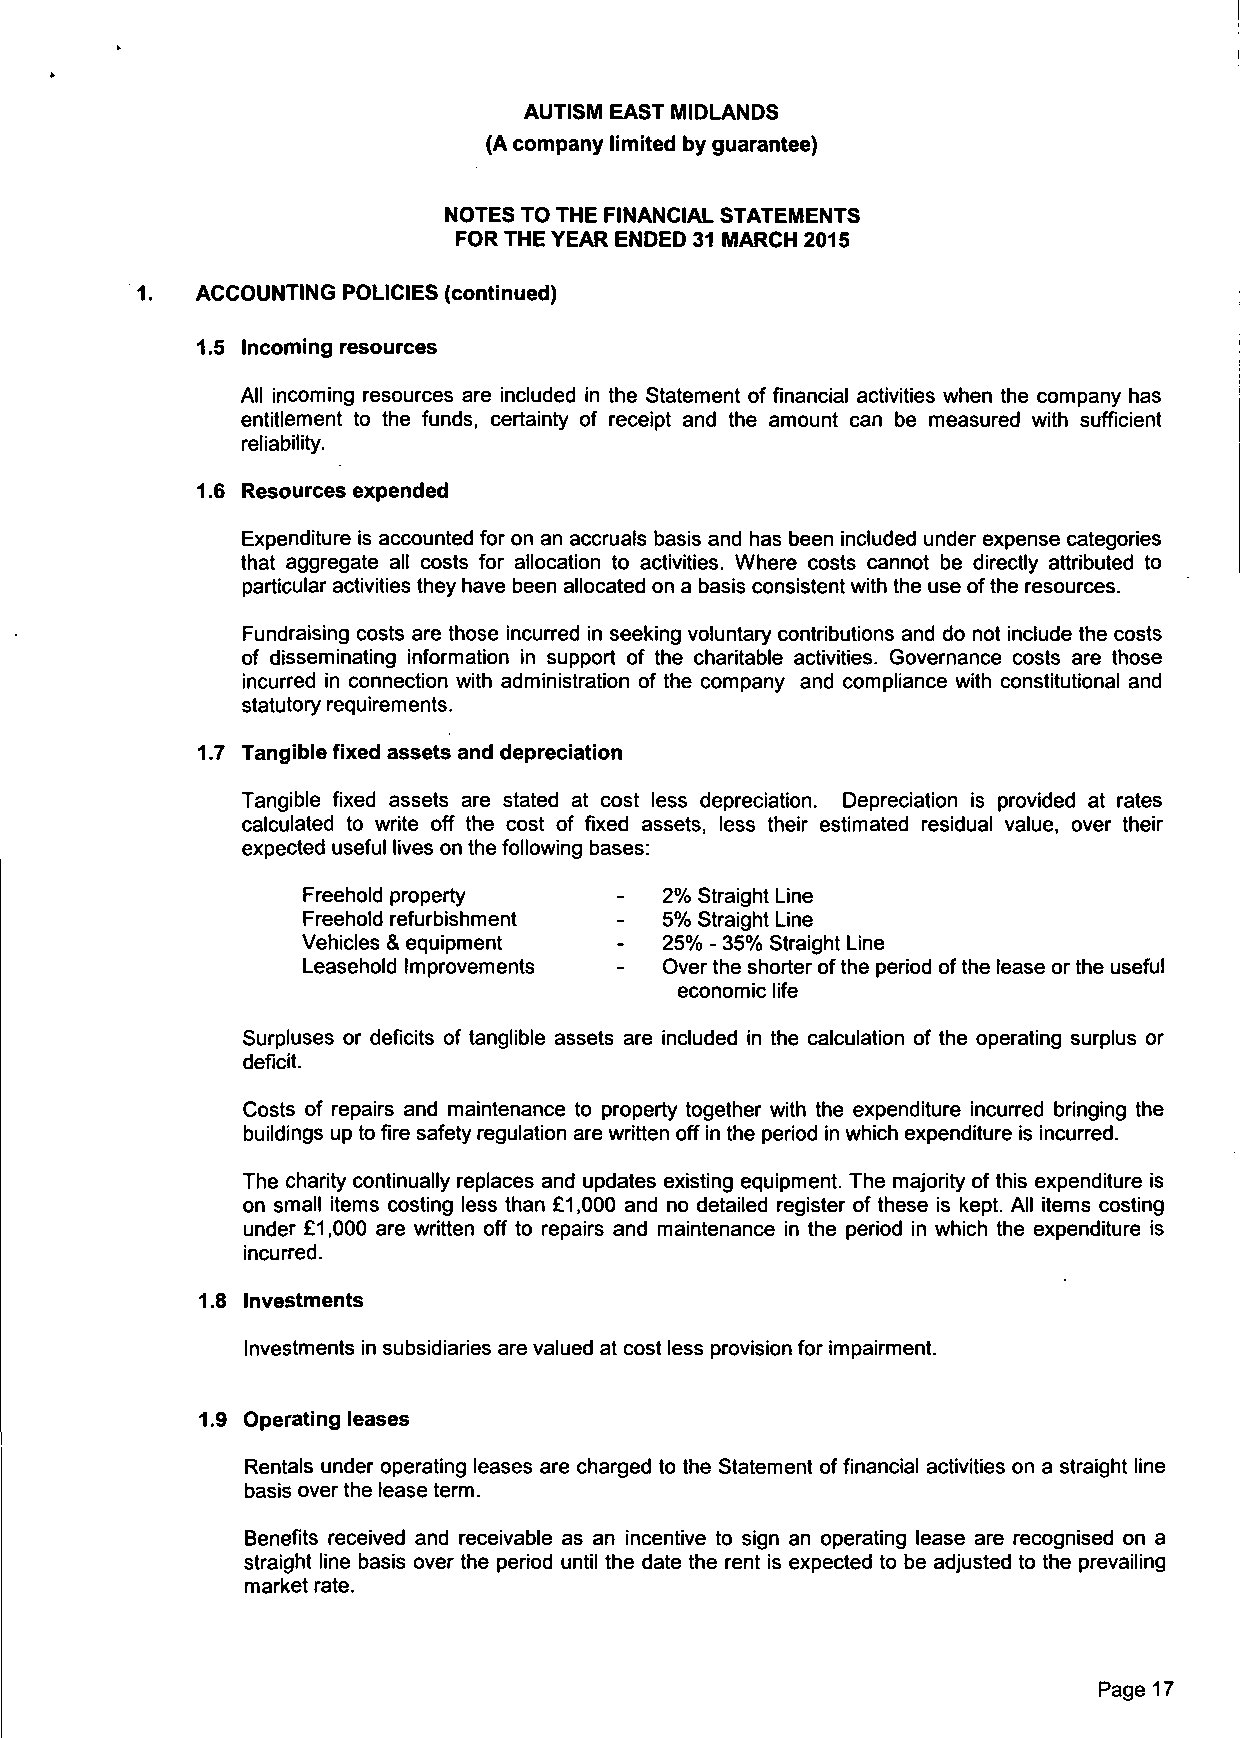
AUTISM EAST MIDLANDS
 (A company limited by guarantee)
 NOTES TO THE FINANCIAL STATEMENTS
 FOR THE YEAR ENDED 31 MARCH 2015
 ACCOUNTING POLICIES (continued)
 1.5 Incoming resources
 All incoming resources are included in the Statement of financial activities when the company has
 entitlement to the funds, certainty of receipt and the amount can be measured with sufficient
 reliability.
 1.6 Resources expended
 Expenditure is accounted for on an accruals basis and has been included under expense categories
 that aggregate all costs for allocation to activities. Where costs cannot be directly attributed to
 particular activities they have been allocated on a basis consistent with the use of the resources.
 Fundraising costs are those incurred in seeking voluntary contributions and do not include the costs
 of disseminating information in support of the charitable activities. Governance costs are those
 incurred in connection with administration of the company and compliance with constitutional and
 statutory requirements.
 1.7 Tangible fixed assets and depreciation
 Tangible fixed assets are stated at cost less depreciation. Depreciation is provided at rates
 calculated to write off the cost of fixed assets, less their estimated residual value, over their
 expected useful lives on the following bases:
 Freehold property       2% Straight Line
 Freehold refurbishment  5% Straight Line
 Vehicles & equipment    25% - 35% Straight Line
 Leasehold Improvements  Over the shorter of the period of the lease or the useful
 economic life
 Surpluses or deficits of tanglible assets are included in the calculation of the operating surplus or
 deficit.
 Costs of repairs and maintenance to property together with the expenditure incurred bringing the
 buildings up to fire safety regulation are written off in the period in which expenditure is incurred.
 The charity continually replaces and updates existing equipment. The majority of this expenditure is
 on small items costing less than £1,000 and no detailed register of these is kept. All items costing
 under £1,000 are written off to repairs and maintenance in the period in which the expenditure is
 incurred.
 1.8 Investments
 Investments in subsidiaries are valued at cost less provision for impairment.
 1.9 Operating leases
 Rentals under operating leases are charged to the Statement of financial activities on a straight line
 basis over the lease term.
 Benefits received and receivable as an incentive to sign an operating lease are recognised on a
 straight line basis over the period until the date the rent is expected to be adjusted to the prevailing
 market rate.
 Page 17